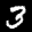
Label: 3